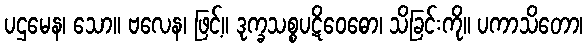
ပဌမေန၊ သော။ ဗလေန၊ ဖြင့်။ ဒုက္ခသစ္စပဋိဝေဓော၊ သိခြင်းကို။ ပကာသိတော၊